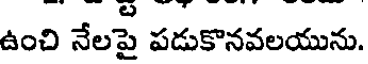
ఉంచి నేలపై పడుకొనవలయును.